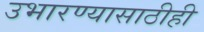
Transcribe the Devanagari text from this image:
उभारण्यासाठीही